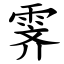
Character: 霁